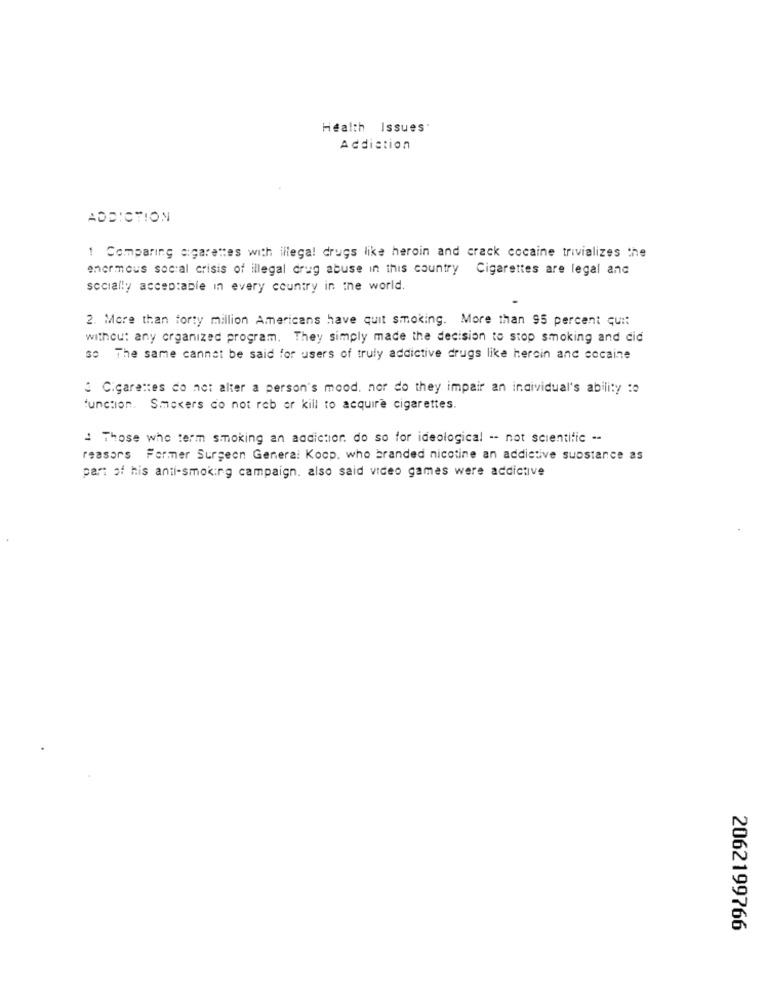
Health Issues.
Addiction
ADDICTION
1 Comparing cigarettes with illegal drugs like heroin and crack cocaine trivializes the
enormous social crisis of illegal drug abuse in this country Cigarettes are legal and
socially acceptable in every country in the world.
2. More than forty million Americans have quit smoking. More than 95 percent quit
without any organized program. They simply made the decision to stop smoking and cid
so The same cannot be said for users of truly addictive drugs like heroin and cocaine
Cigarettes do not alter a person's mood, nor do they impair an individual's ability :0
function. Smokers co not reb er kill to acquire cigarettes.
Those who term smoking an addiction. do so for ideological -- not scientific --
reasor's Former Surgeon General Koop. who branded nicotine an addictive substance as
part of his anti-smoking campaign. also said video games were addictive
2062199766